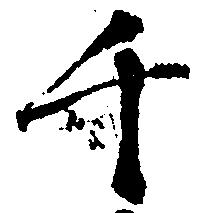
千